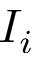
I _ { i }